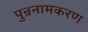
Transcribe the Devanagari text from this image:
पुन्रनामकरण